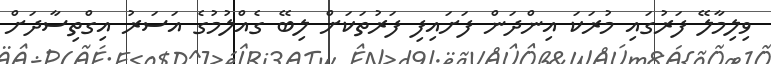
ވިލިމާލޭ ފަރުގައި މުރަކަ އިންދަން ފަށައިފި ފަރުތަކަށް ލިބޭ ގެއްލުމުގެ އަސަރު އިގްތިސާދަށް